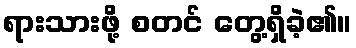
ရားသားဖို့ စတင် တွေ့ရှိခဲ့၏။